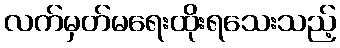
လက်မှတ်မရေးထိုးရသေးသည့်